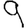
Digit: 9